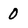
Character: 0